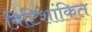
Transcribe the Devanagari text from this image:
बिटिशांकित